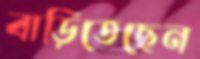
বাড়িতেছেন